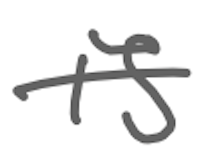
Text: is
Cross-out: single-line
Writing tool: digital_gray